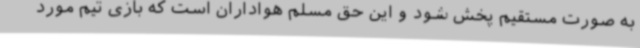
به صورت مستقیم پخش شود و این حق مسلم هواداران است که بازی تیم مورد